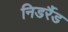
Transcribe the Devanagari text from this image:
निडर्रैड